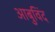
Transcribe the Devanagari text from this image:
आबुविंद